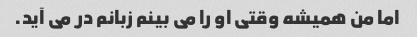
اما من همیشه وقتی او را می بینم زبانم در می آید.